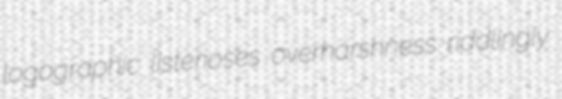
logographic listerioses overharshness riddlingly